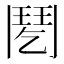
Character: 𩰌